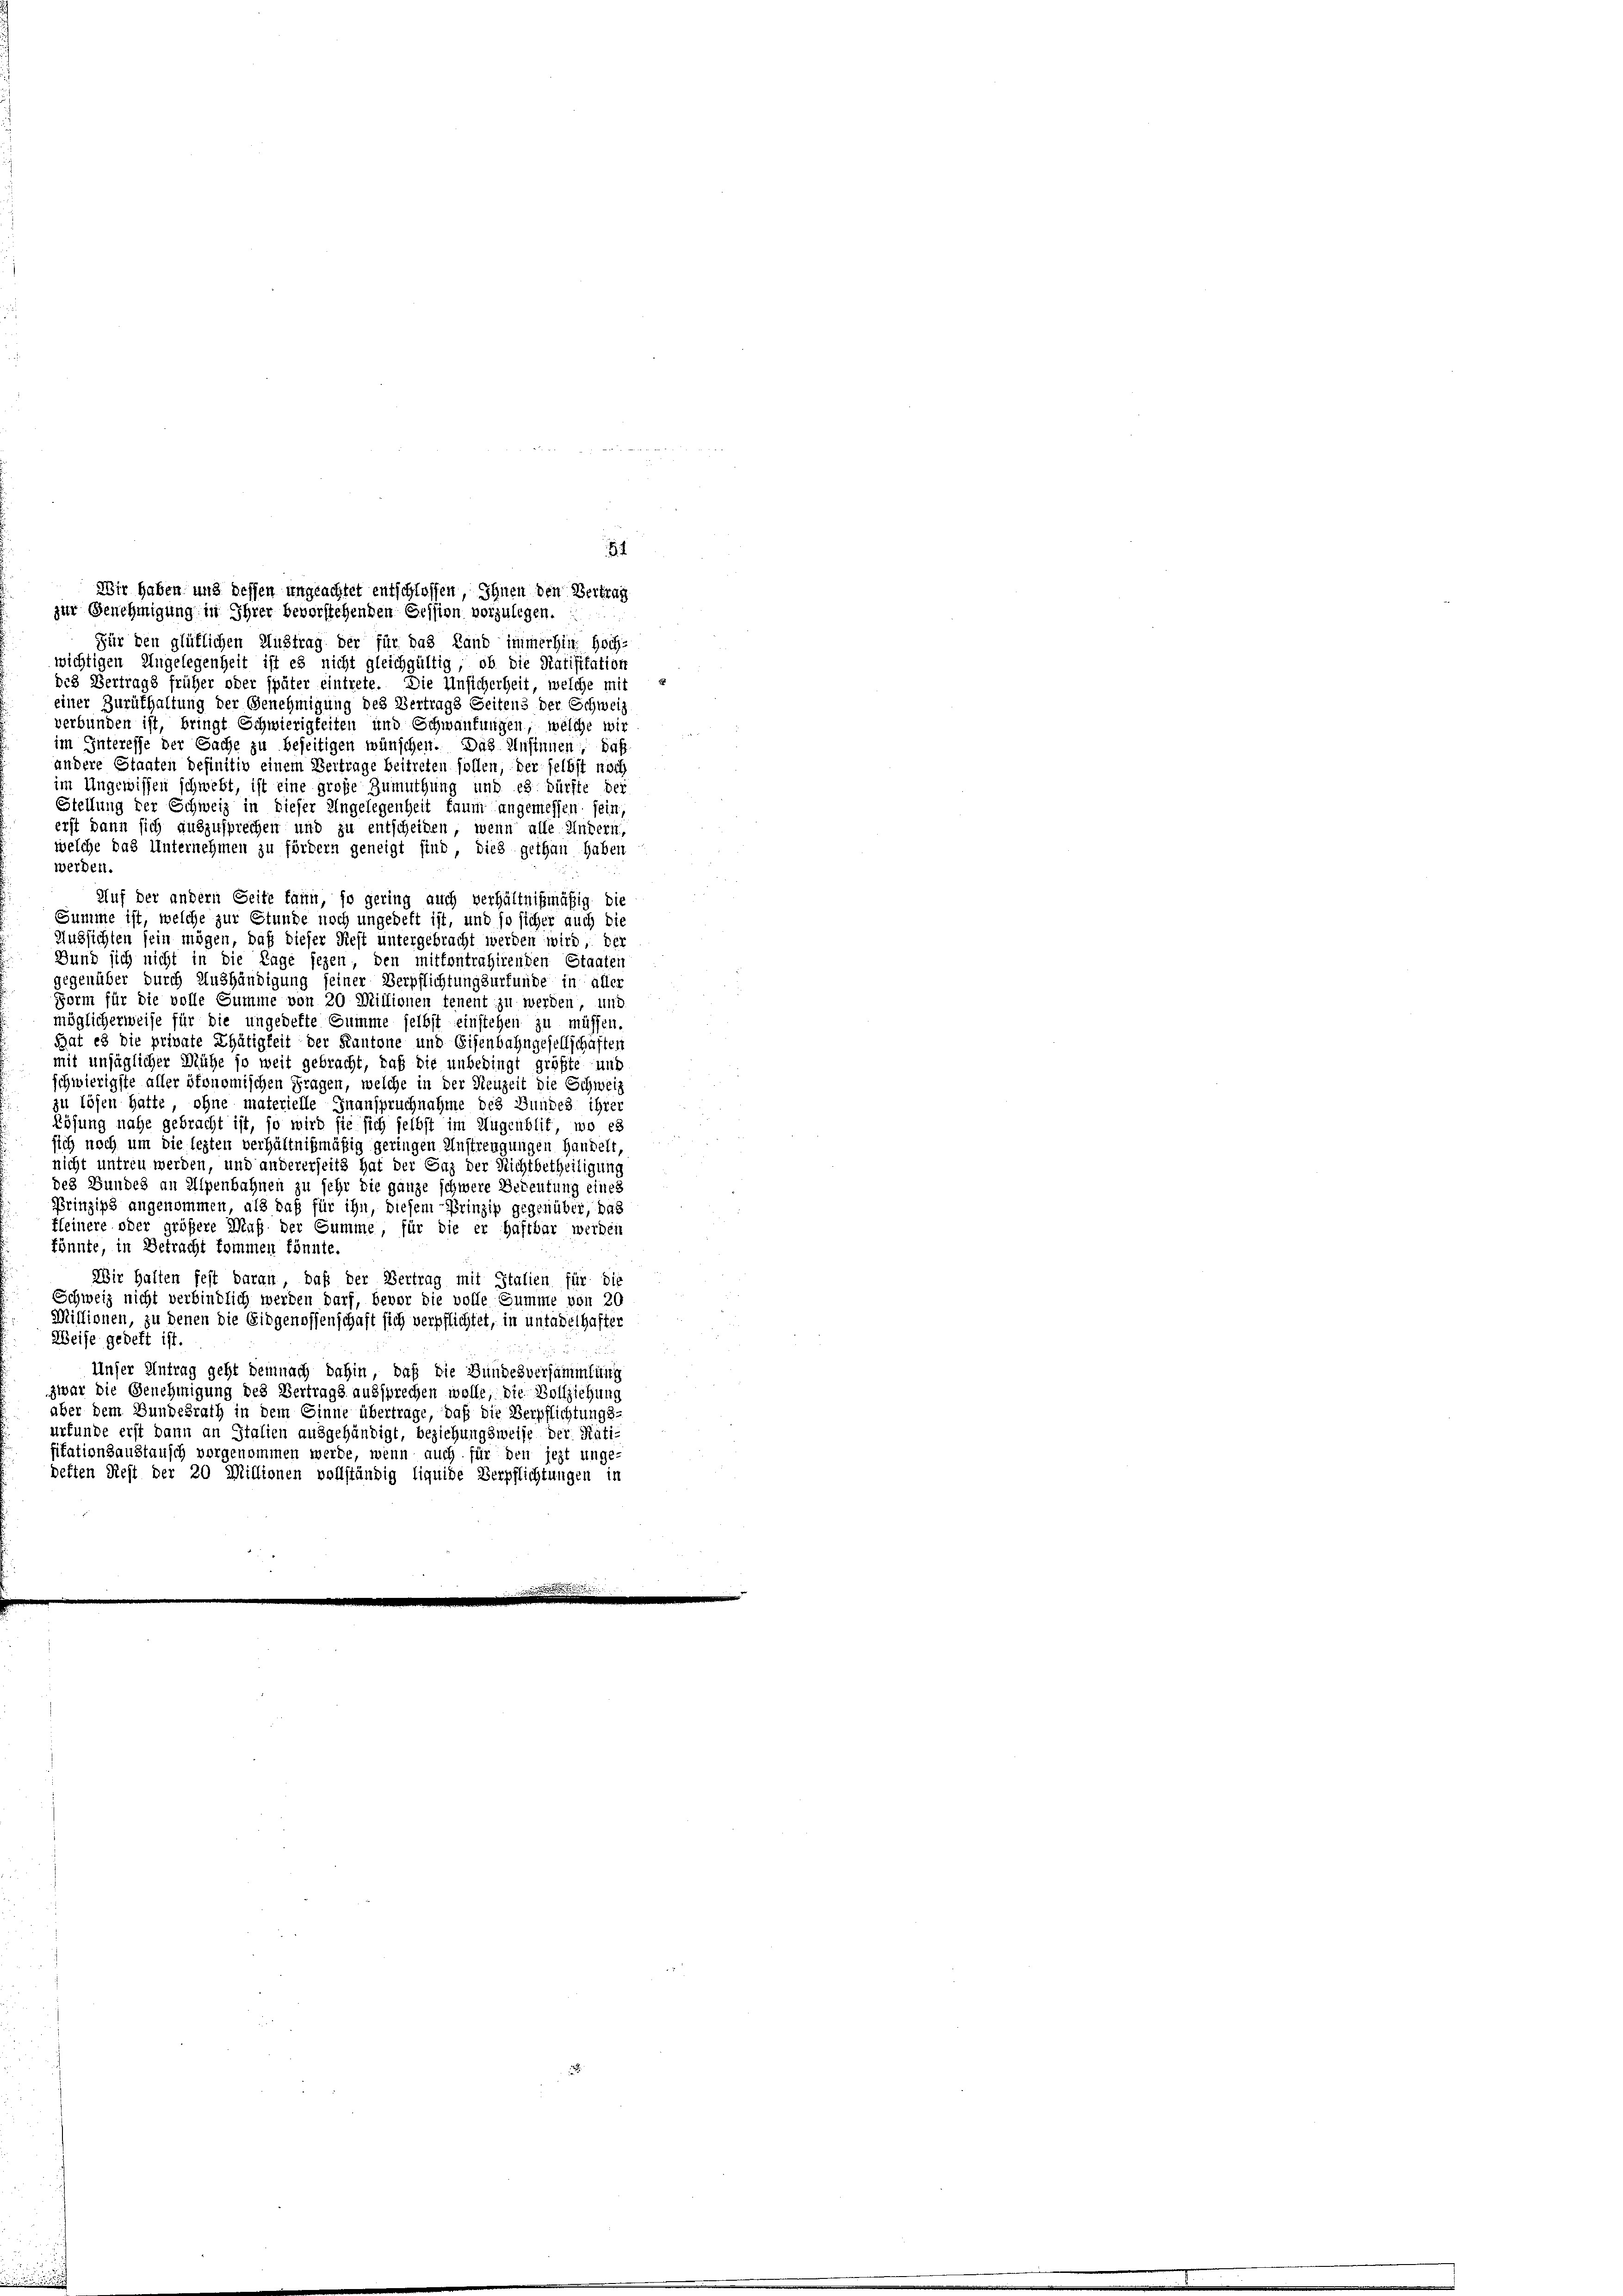
54
Wir haben und dessen ungeachtet entschlossen Ihnen den Vertrag
zur Genehmigung in Ihrer bevorstehenden Cession vorzulegen.

Für den glütlichen Austrag der für das Land immerhin. Hoch-
wichtigen Ungelegenheit ist es nicht gleichgültig, ob die Ratifitation
des Vertrags früher oder später eintrete. Die Unsicherheit, welche mit
einer Zurüfhaltung der Genehmigung des Vertrags Seitens der Schweiz
verbunden ist, bringt Schwierigkeiten und Schwankungen, welche wir
im Interesse der Sache zu beseitigen wünschen. Das Unsinnen, daß
andere Staaten befinitiv einem Vertrage beitreten sollen, der selbst noch
im Ungewissen schwebt, ist eine große Zumuthung und es dürfte der
Stellung der Schweiz in dieser Angelegenheit kaum angemessen sein,
erst dann sich auszusprechen und zu entscheiden, wenn alle Untern,
welche das Unternehmen zu fördern geneigt sind, dies gethan haben
werden.
Auf der andern Seite kann, so gering auch verhältnißmäßig die
Summe ist, welche zur Stunde noch ungeheft ist, und so sicher auch die
Aussichten sein mögen, daß dieser Rest untergebracht werden wird, der
Bund sich nicht in die Lage fezen, den mittentrahirenden Staaten
gegenüber durch Aushändigung seiner Verpflichtungsurkunde in aller
Form für die volle Summe von 20 Millionen tenent zu werden und
möglicherweise für die ungedefte Summe selbst einstehen zu müssen.
Bat es die private Thätigkeit der Kantone und Eisenbahngesellschaften
mit unsäglicher Mühe so weit gebracht, daß die unbedingt größte unt
schwierigste aller ökonomischen Fragen, welche in der Neuzeit die Schwei
zu lösen hatte, ohne materielle Inanspruchnahme des Bundes ihrer
Lösung nahe gebracht ist, so wird sie sich selbst im Augenblit, wo es
sich noch um die legten verhältnigmäßig geringen Anstrengungen Handelt,
nicht untreu werden, und andererseits hat der Gaz der Richtbetheiligung
des Bundes an Alpenbahnen zu sehr die ganze schwere Bedeutung eines
Prinzip angenommen, als daß für ihn, diesem Prinzip gegenüber, das
fleinere oder größere Maß der Summe, für die er haftbar werden
könnte, in Betracht kommen könnte.
Wir halten fest daran, daß der Vertrag mit Italien für die
Schweiz nicht verbindlich werden darf, bevor die volle Summe von 20
Millionen, zu denen die Eidgenossenschaft sich verpflichtet, in untadelhaften
Weise gedelt ist.
Unser Antrag geht demnach dahin, daß die Bundesversammlung
zwar die Genehmigung des Vertrags aussprechen wolle, die Vollziehung
aber dem Bundesrath in dem Einne übertrage, daß die Verpflichtungs-
urfunde erst dann an Italien ausgehändigt, beziehungsweise der Ratifitationsaustausch vorgenommen werde, wenn auch für den jezt unge-
deften Rest der 20 Millionen vollständig liquide Verpflichtungen in